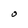
Character: O